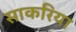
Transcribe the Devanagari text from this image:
साकरिया